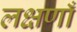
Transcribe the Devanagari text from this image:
लक्षणाँ